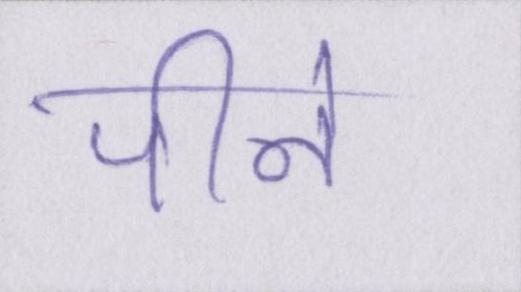
पीने